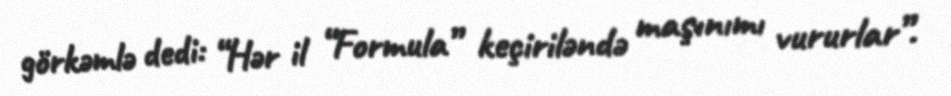
görkəmlə dedi: “Hər il “Formula” keçiriləndə maşınımı vururlar”.